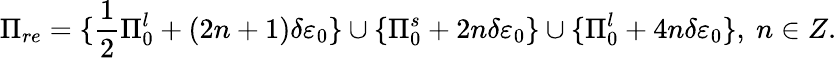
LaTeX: \Pi_{re}=\{ \frac{1}{2}\Pi_{0}^{l}+(2n+1)\delta\varepsilon_{0}\} \cup\{ \Pi_{0}^{s}+2n\delta\varepsilon_{0}\} \cup\{ \Pi_{0}^{l}+4n\delta\varepsilon_{0}\} ,\ n\in Z.